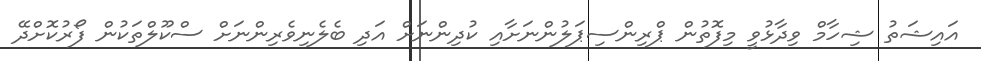
އައިޝަތު ޝިހާމް ވިދާޅުވީ މިފޮތުން ޕްރިންސިޕަލުންނަށާއި ކުދިންނަށް އަދި ބެލެނިވެރިންނަށް ސްކޫލްތަކުން ފޯރުކޮށްދޭ